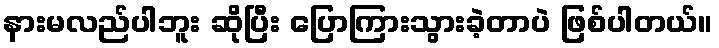
နားမလည်ပါဘူး ဆိုပြီး ပြောကြားသွားခဲ့တာပဲ ဖြစ်ပါတယ်။